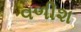
વળીશ